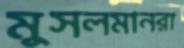
মুসলমানরা